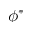
\phi ^ { \ast }